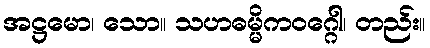
အဋ္ဌမော၊ သော။ သဟဓမ္မိကဝဂ္ဂေါ၊ တည်း။